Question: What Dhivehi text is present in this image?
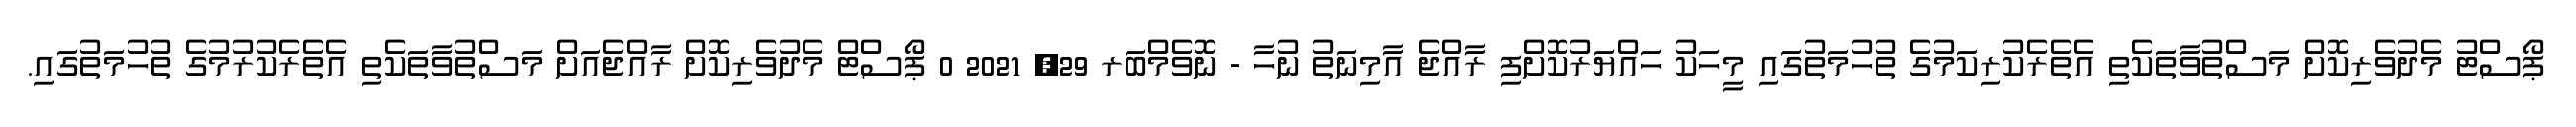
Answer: ޕޯސްޓު މެދުވެރިކޮށް މަސްތުވާތަކެތި އެތެރެކުރިކަމުގެ ތުހުމަތުގައި މީހަކު ހައްޔަރުކޮށްފި ރާއްޖެ އާމިނަތު ނުހާ - ނޮވެމްބަރ 29, 2021 0 ޕޯސްޓް މެދުވެރިކޮށް ރާއްޖެއަށް މަސްތުވާތަކެތި އެތެރެކުރުމުގެ ތުހުމަތުގައި.